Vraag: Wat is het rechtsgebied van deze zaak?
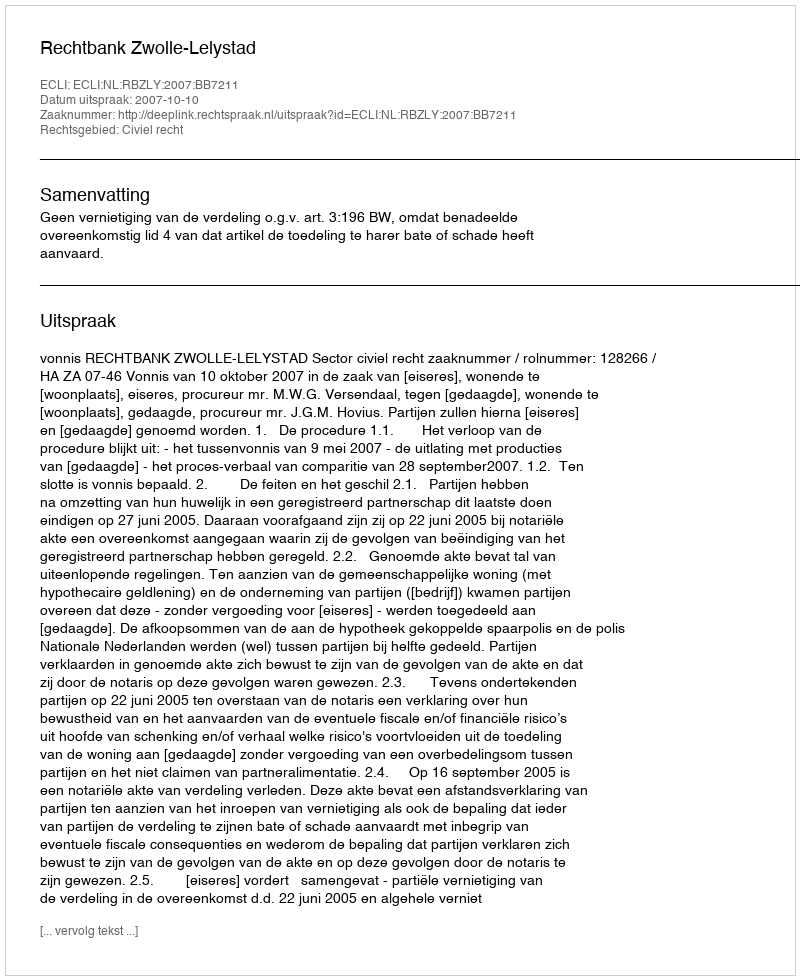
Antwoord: Civiel recht